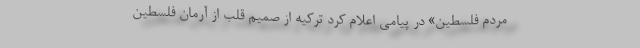
مردم فلسطین» در پیامی اعلام کرد ترکیه از صمیم قلب از آرمان فلسطین